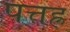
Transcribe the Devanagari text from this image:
पत्तह्र